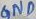
Text: GND